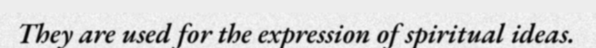
They are used for the expression of spiritual ideas.